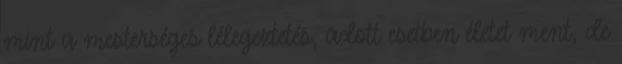
mint a mesterséges lélegeztetés, adott esetben életet ment, de